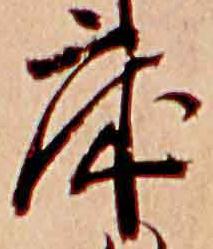
床